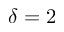
\delta = 2